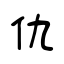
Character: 仇